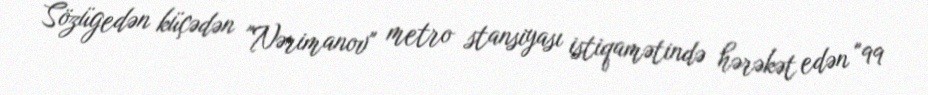
Sözügedən küçədən "Nərimanov" metro stansiyası istiqamətində hərəkət edən "99